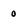
Character: 0